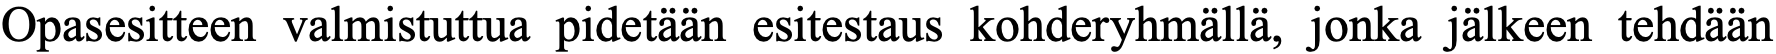
Opasesitteen valmistuttua pidetään esitestaus kohderyhmällä, jonka jälkeen tehdään